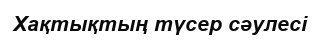
Хақтықтың түсер сәулесі